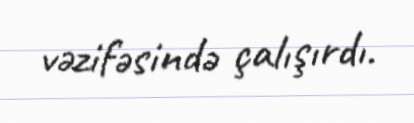
vəzifəsində çalışırdı.